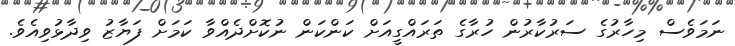
ނަމަވެސް މިހާރުގެ ސަރުކާރުން ހުރާގެ ތަރައްގީއަށް ކަންކަން ނުކޮށްދެއްވާ ކަމަށް ފަޔާޒު ވިދާޅުވިއެވެ.